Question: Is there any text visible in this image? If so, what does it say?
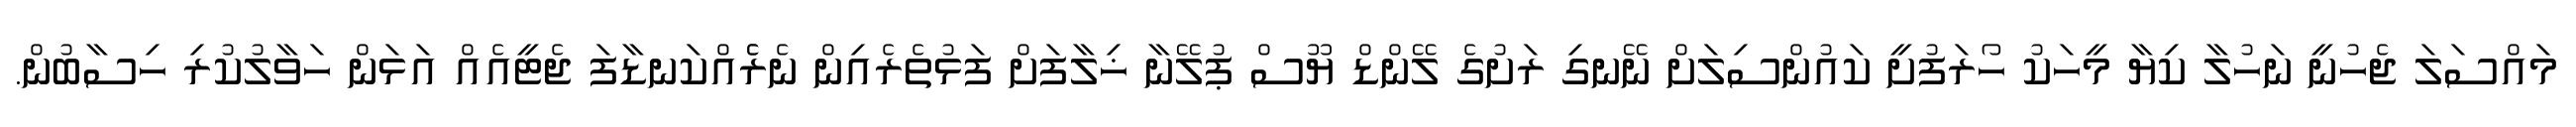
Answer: މައްސަލަ ޖެހުނީ ނަހުލާ ކިޔާ މީހަކު ހޯރަފުށީ ކައުންސިލަށް ނޭނގި ރަށުގެ ލޭންޑް ޔޫސް ޕުލޭނާ ޚިލާފަށް ފަޅުތެރެއިން ނެރެެއްކަނޑާފަ ޖެޓީއެއް އަޅަން ހަވާލުކުރި ހިސާބުން.